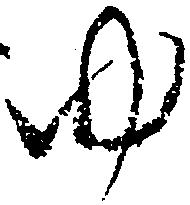
ゆ